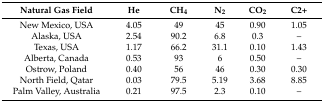
| Natural Gas Field | He | CH4 | N2 | CO2 | C2+ |
 | --- | --- | --- | --- | --- | --- |
 | New Mexico, USA | 4.05 | 49 | 45 | 0.90 | 1.05 |
 | Alaska, USA | 2.54 | 90.2 | 6.8 | 0.3 | – |
 | Texas, USA | 1.17 | 66.2 | 31.1 | 0.10 | 1.43 |
 | Alberta, Canada | 0.53 | 93 | 6 | 0.50 | – |
 | Ostrow, Poland | 0.40 | 56 | 46 | 0.30 | 0.30 |
 | North Field, Qatar | 0.03 | 79.5 | 5.19 | 3.68 | 8.85 |
 | Palm Valley, Australia | 0.21 | 97.5 | 2.3 | 0.10 | – |